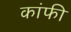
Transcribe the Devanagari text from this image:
कांफी